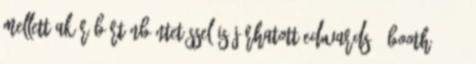
mellett akár börtönbüntetéssel is járhatott Edwards & Booth, 1976